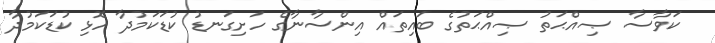
ކަވާސާ ޞިއްޙަތު ޞިއްޙަތުގެ ބައިތައް އިންސާނާގެ ހަށިގަނޑު ކުޑަކަމުދާ ހޮޅި ކުޑަކަމުދާ